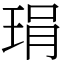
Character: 琄